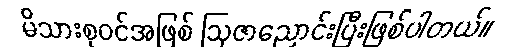
မိသားစုဝင်အဖြစ် ဩဇာညောင်းပြီးဖြစ်ပါတယ်။